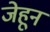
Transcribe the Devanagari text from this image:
जेहून